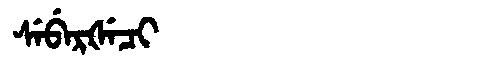
Manchu: ᠰᡝᠪᡝᡵᡧᡝᠴᡳ
Romanization: SEBERŠECI